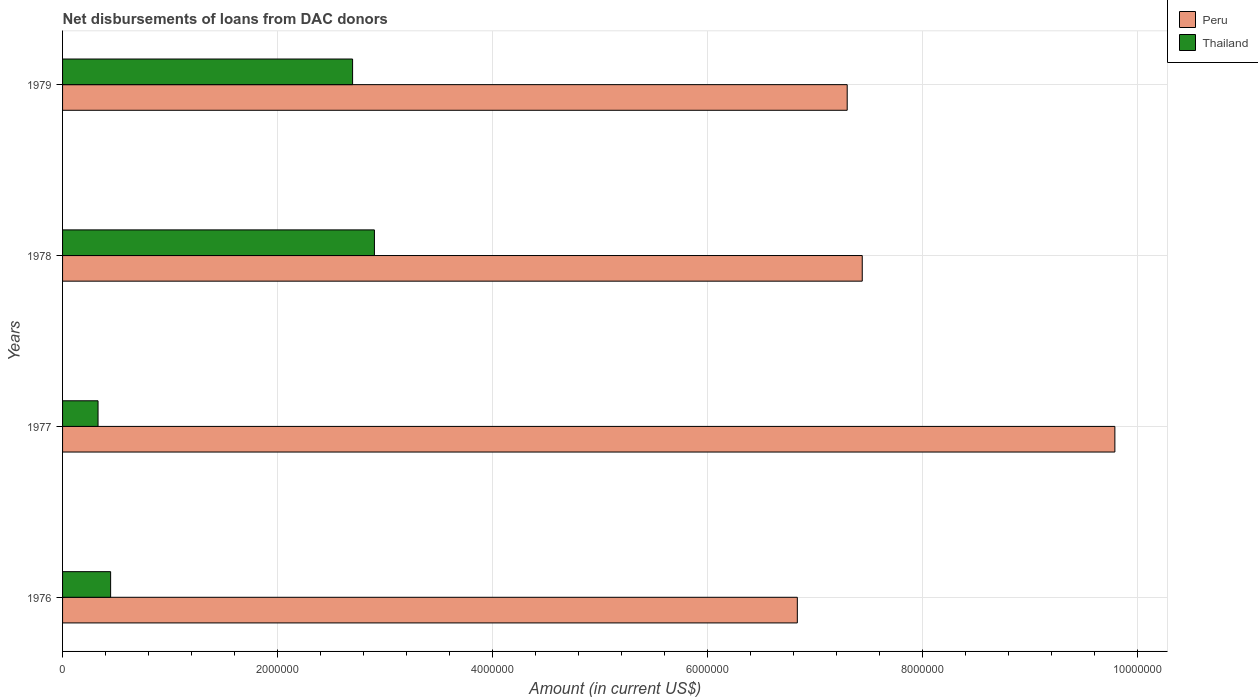
| Years | Peru | Thailand |
 | --- | --- | --- |
 | 1976 | 6.84e+06 | 4.47e+05 |
 | 1977 | 9.79e+06 | 3.3e+05 |
 | 1978 | 7.44e+06 | 2.9e+06 |
 | 1979 | 7.3e+06 | 2.7e+06 |